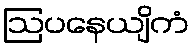
ဩပနေယျိကံ